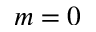
m = 0